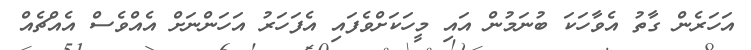
އަަހަރެން ގާތު އެވާހަކަ ބުނަމުން އައި މީހަކަށްވެފައި އެފަހަރު އަހަންނަށް އެއްވެސް އެއްޗެއް